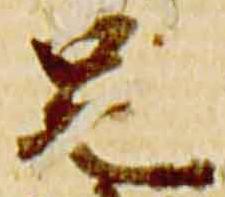
足